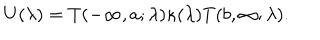
U ( \lambda ) = T ( - \infty , a ; \lambda ) \kappa ( \lambda ) T ( b , \infty ; \lambda ) .